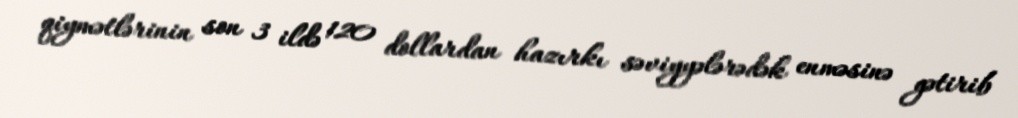
qiymətlərinin son 3 ildə 120 dollardan hazırkı səviyyələrədək enməsinə gətirib